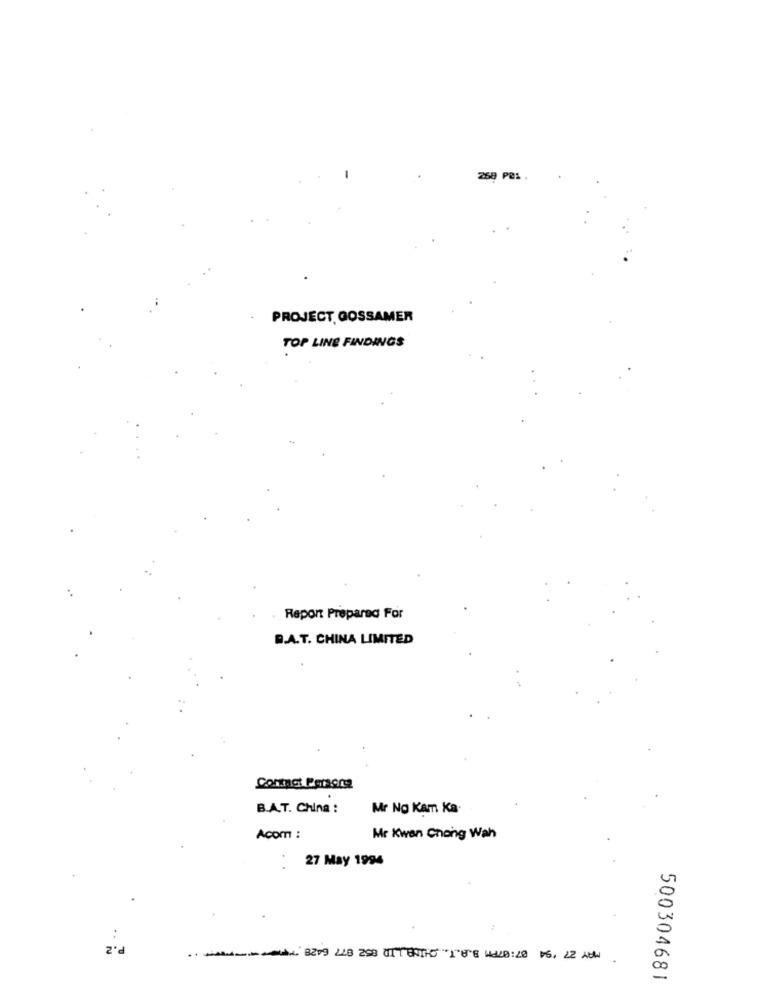
268 P@: .
PROJECT GOSSAMER
TOP LINE FINDINGS
Report Prepared For
B.A.T. CHINA LIMITED
Contact Persons
B.A.T. China :
Mr Ng Kam Ka.
Acom :
Mr Kwen Chang Wah
: 27 May 1994
.2
++ ++ 8209 248 298 011 6015 166 440:20 16, 22 AUN.
500304681